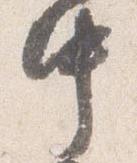
中